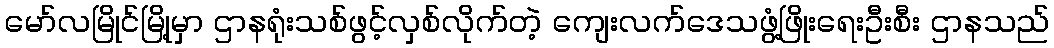
မော်လမြိုင်မြို့မှာ ဌာနရုံးသစ်ဖွင့်လှစ်လိုက်တဲ့ ကျေးလက်ဒေသဖွံ့ဖြိုးရေးဦးစီး ဌာနသည်